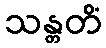
သန္တတိံ